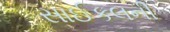
સાઈકલની